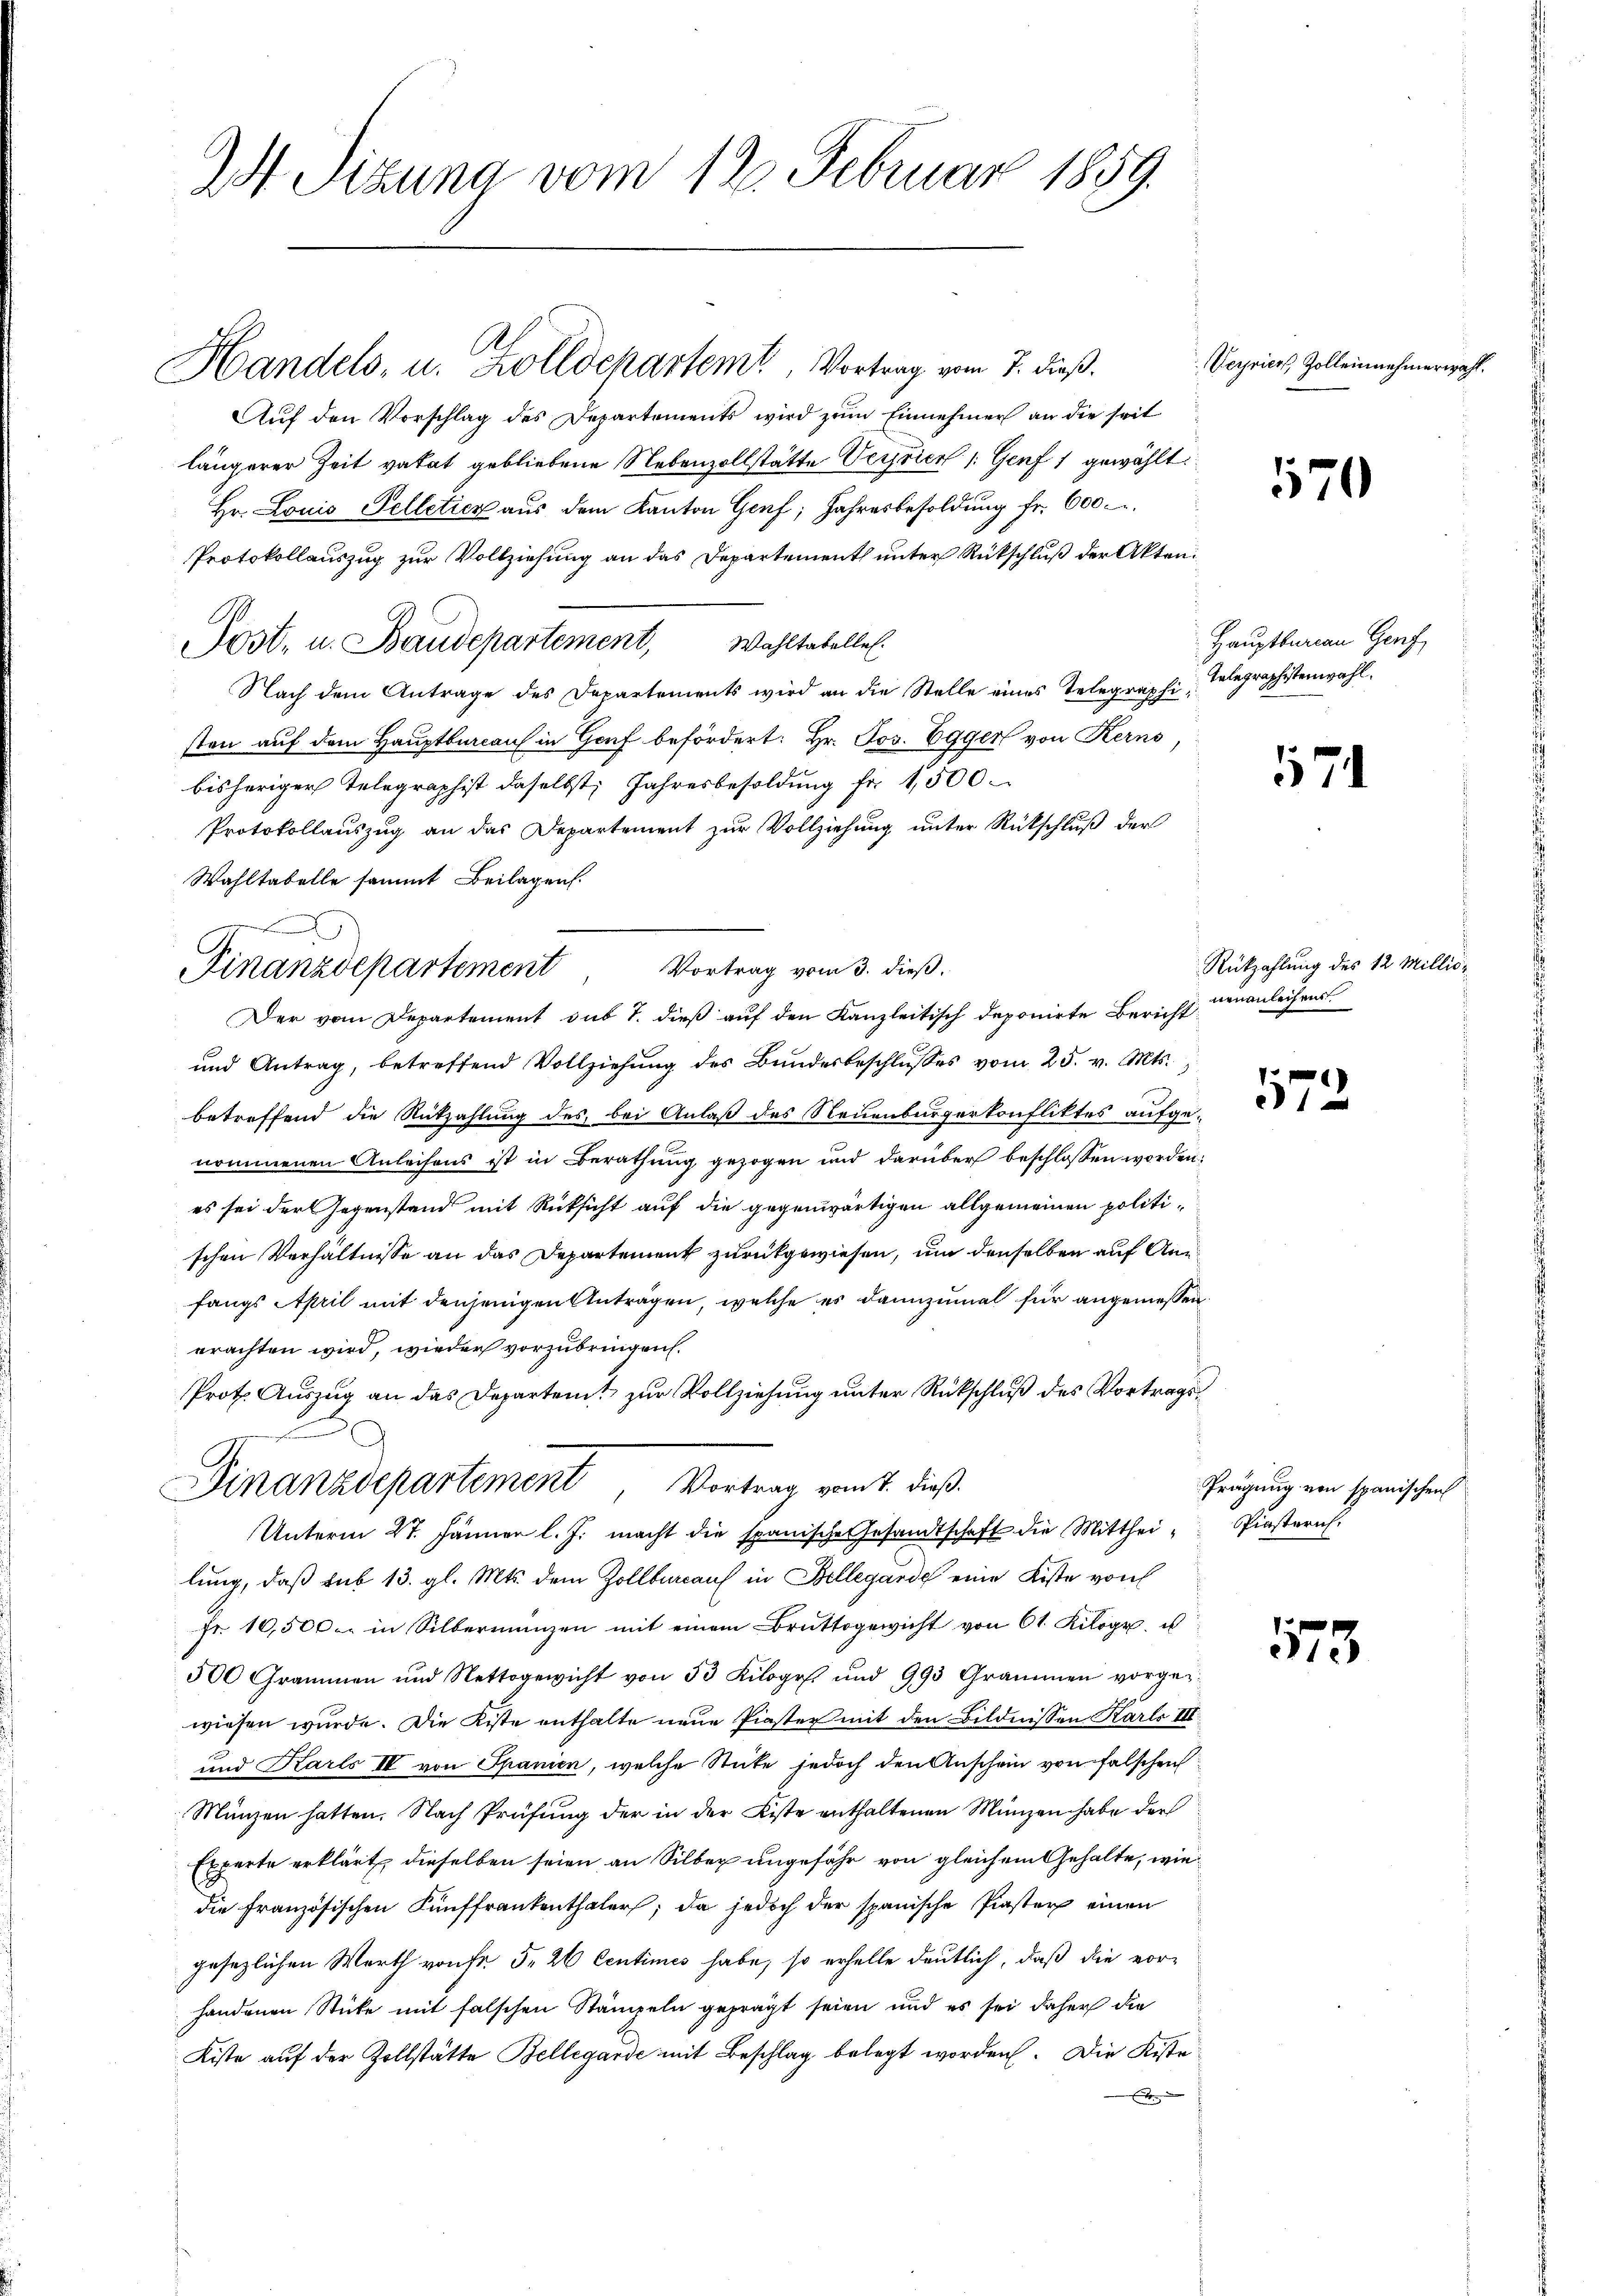
2 Sizung vom 12. Februar 1859.

Auf den Vorschlag des Departements wird zum Einnehmer an die seit
längerer Zeit vatat gebliebene Nebenzollstätte Vervier /: Genf 1 gewählt.
Hr. Louis Pelletier aus dem Kanton Genf, Jahresbesoldung fr. 600 c.
Protokollauszug zur Vollziehung an das Departement unter Rückschluß der Akten
Post, u. Baudepartement, Wahltabelle.
Nach dem Antrage des Departements wird an die Stelle eines Telegraphisten auf dem Hauptbureau in Genf befördert: Hr. Jos. Egger von Kerns
bisheriger Telegraphist daselbst, Jahresbesoldung fr. 1,500
Protokollauszug an das Departement zur Vollziehung unter Rückschluß der
Wahltabelle sammt Beilagen.
Vortrag vom 3. dieß.
Der vom Departement sub 7. dieß auf den Kanzleitisch deponirte Bericht
und Antrag, betreffend Vollziehung des Bundesbeschlusses vom 25. v. Mts.
betreffend die Rückzahlung des, bei Anlaß des Neuenburgerkonfliktes aufgenommenen Anleihens ist in Berathung gezogen und darüber beschlossen worden:
es sei der Gegenstand mit Rücksicht auf die gegenwärtigen allgemeinen politischen Verhältnisse an das Departement zurückgewiesen, um denselben auf Anfangs April mit denjenigen Anträgen, welche es dannzumal für angemessen.
erachten wird, wieder vorzubringen.
Prot. Auszug an das Departeit zur Vollziehung unter Rückschluß des Vortrags¬
Finanzdepartement Vortrag vom 7. dieß
Unterm 27. Jänner l. J. macht die spanische Gesandtschaft die Mittheilung, daß sub 13. gl. Mts. dem Zollbureau in Bellegarde eine Kiste von
fr. 10,500 in Silbermangen mit einem Bruttogewicht von 61 Kilogr. u
500 Grammen und Nettogewicht von 33 Kiloges und 993 Grammen vorge
wiesen wurde. Die Kiste enthalte neue Piaster mit den Bildnissen Karls III
und Karls IV von Spanien, welche Stute jedoch den Anschein von falschen
Münzen hatten. Nach Prüfung der in der Liste enthaltenen Münzen habe der
Experte erklärt dieselben seien an Silber ungefähr von gleichem Gehalte, wiedie Französischen Fünffrankenthalers; da jedoch der spanische Piaster einen
gesezlichen Werth von Fr. 5. 26 Centimes habe, so erhelle deutlich, daß die vor-
handenen Stücke mit falschen Stämpeln geprägt seien und es sei daher die
Kiste auf der Zollstätte Bellegarde mit Beschlag belegt worden. Die Kiste¬

f
Finanzdepartement

Handels, u. Zolldepartemt, Vortrag vom 7. dieß.

Seyrier, Zolleinehmerwahl.

170

Hauptbureau Genf
Telegraphistenwahl.

17

Rückzahlung des 12 Millisneuanleihen

1172

Prägung von spanischen
Piasterich.

573.